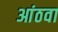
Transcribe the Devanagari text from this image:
आंठवा